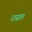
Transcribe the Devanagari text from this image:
रासत